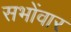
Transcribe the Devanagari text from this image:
सभोंवार